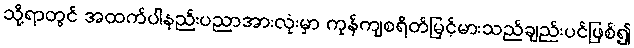
သို့ရာတွင် အထက်ပါနည်းပညာအားလုံးမှာ ကုန်ကျစရိတ်မြင့်မားသည်ချည်းပင်ဖြစ်၍